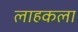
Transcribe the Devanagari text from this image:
लाहकला